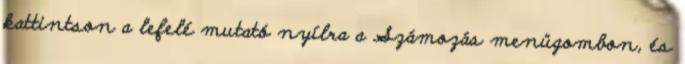
kattintson a lefelé mutató nyílra a Számozás menügombon, és